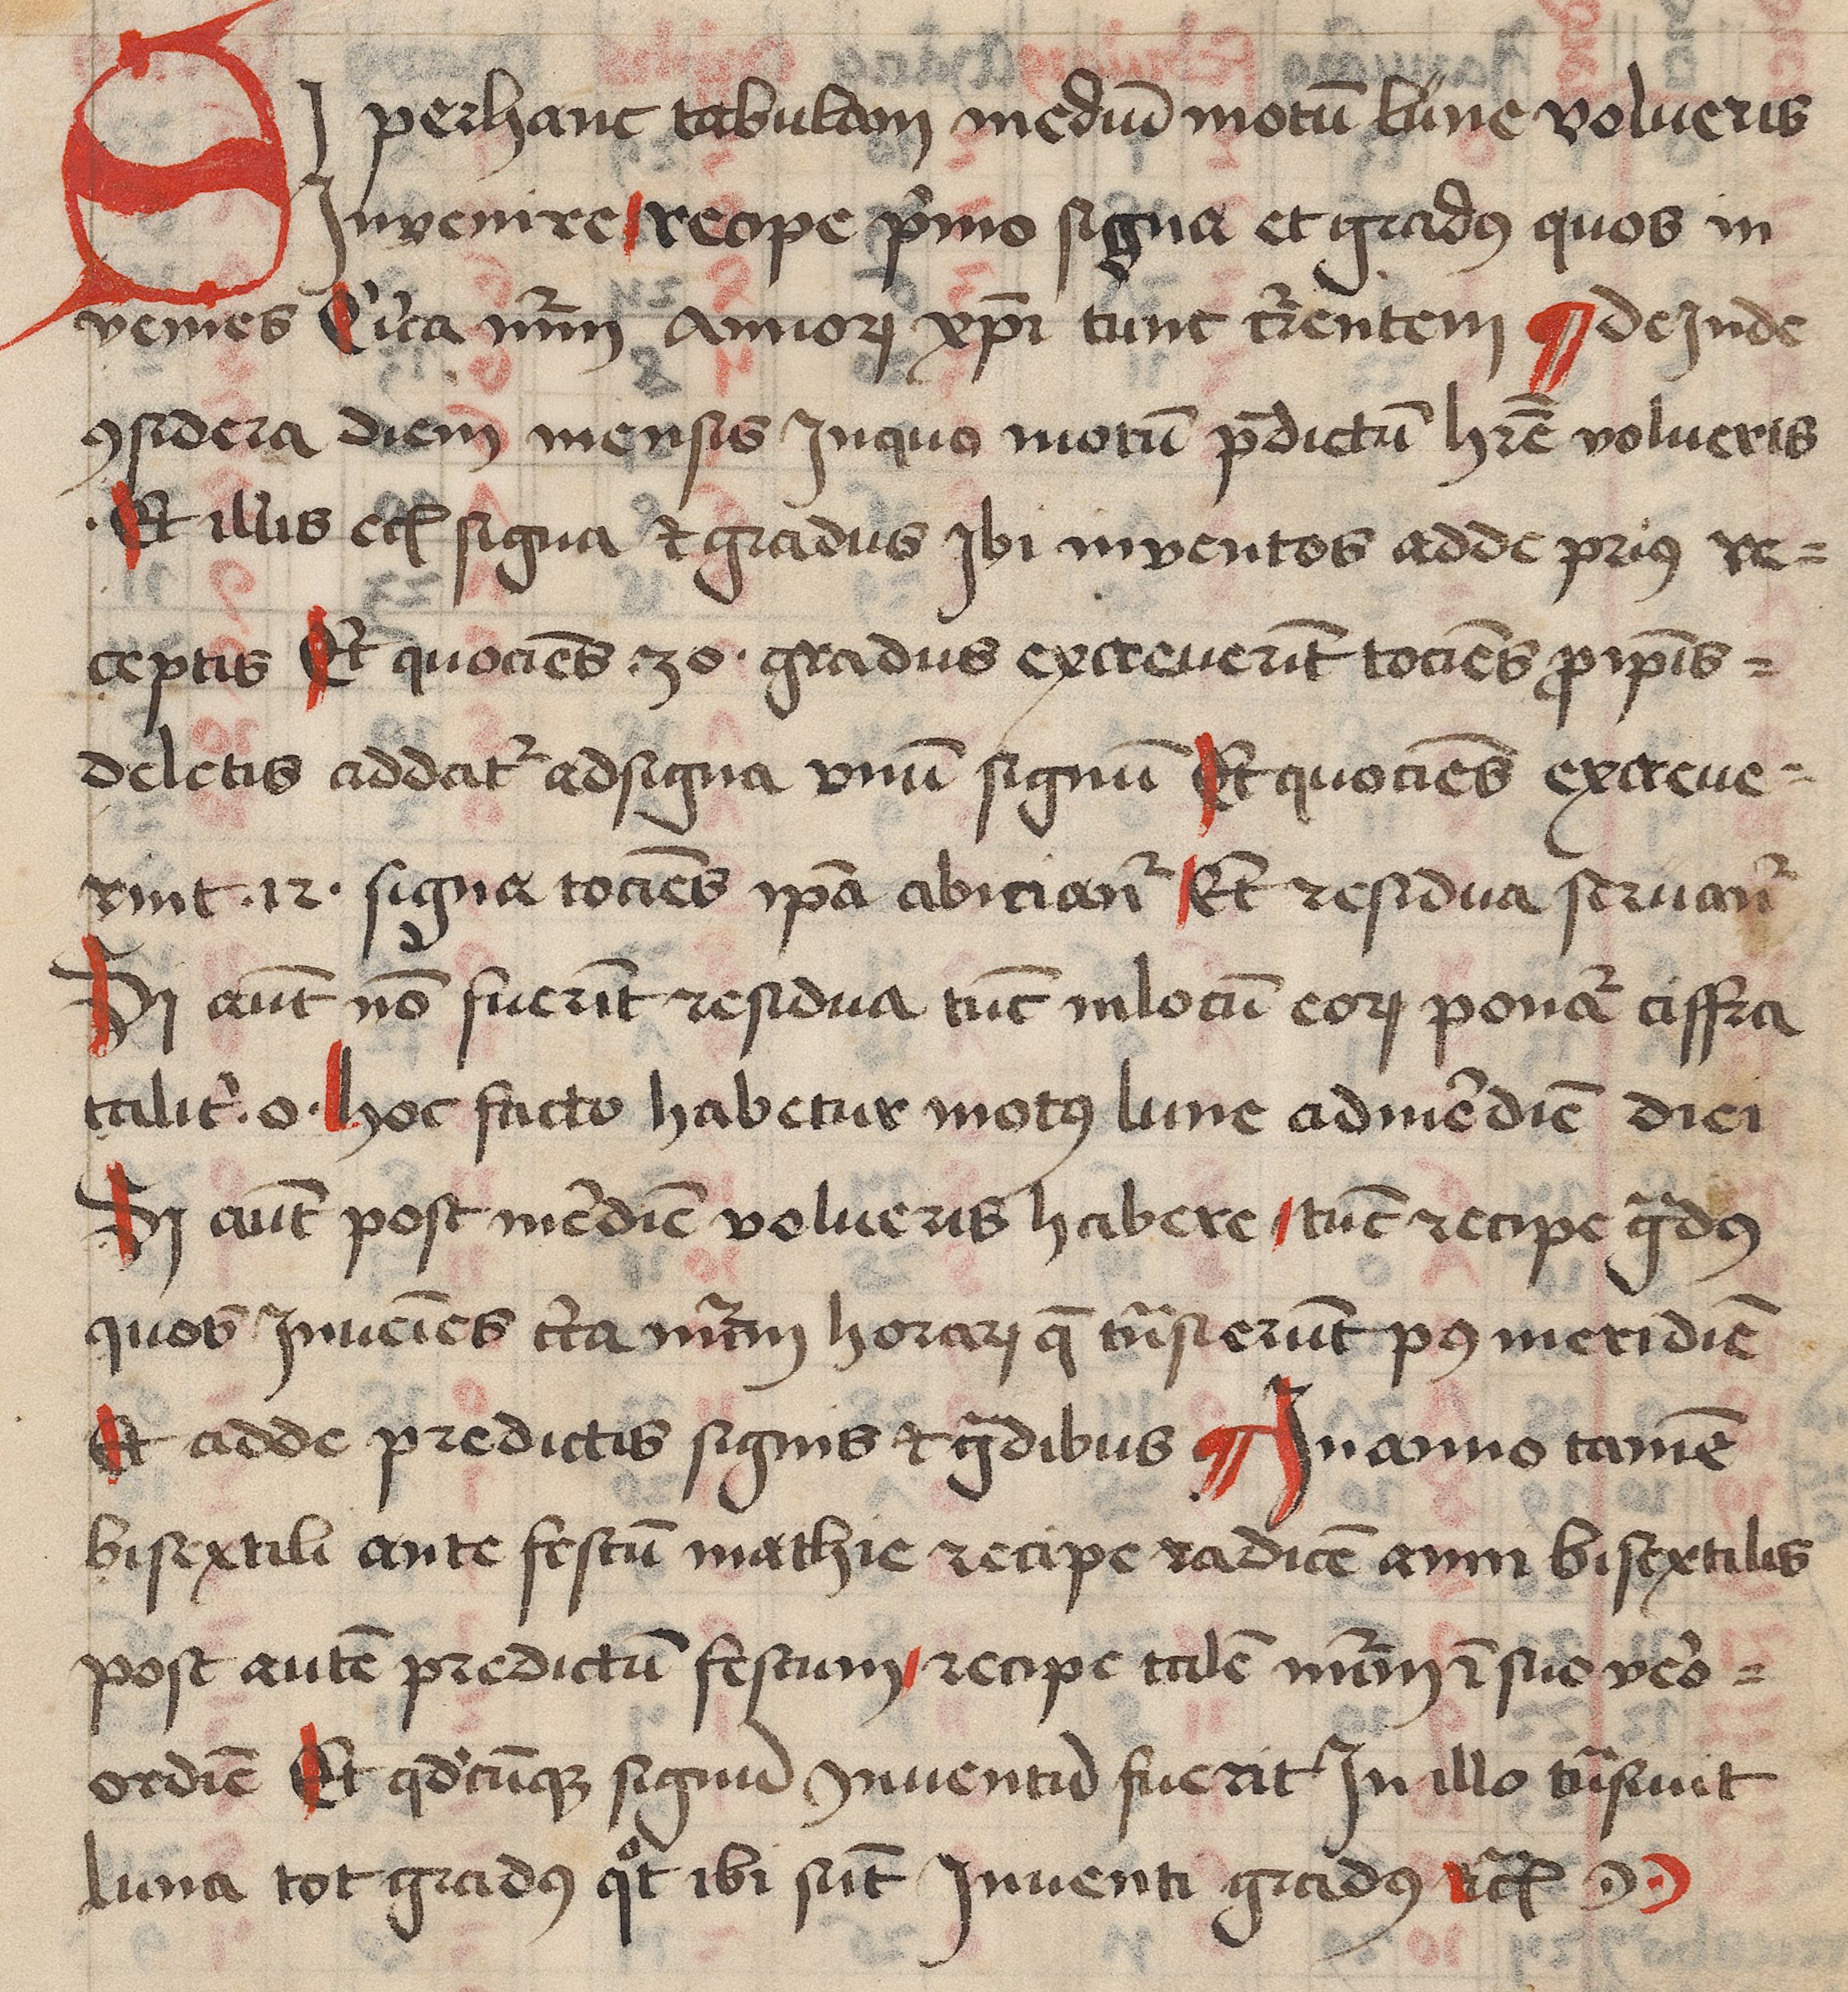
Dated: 1459–1471